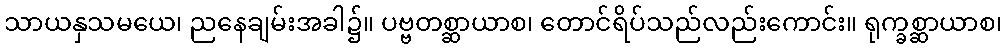
သာယနှသမယေ၊ ညနေချမ်းအခါ၌။ ပဗ္ဗတစ္ဆာယာစ၊ တောင်ရိပ်သည်လည်းကောင်း။ ရုက္ခစ္ဆာယာစ၊